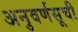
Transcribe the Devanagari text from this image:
अनुवर्णसूची